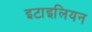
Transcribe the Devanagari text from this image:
इटाइलियन